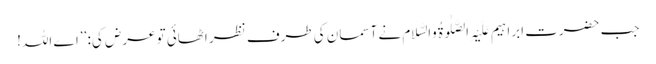
جب حضرت ابراہیم عَلَیْہِ الصَّلٰوۃُ وَالسَّلَام نے آسمان کی طرف نظر اٹھائی تو عرض کی: ’’اے اللہ!